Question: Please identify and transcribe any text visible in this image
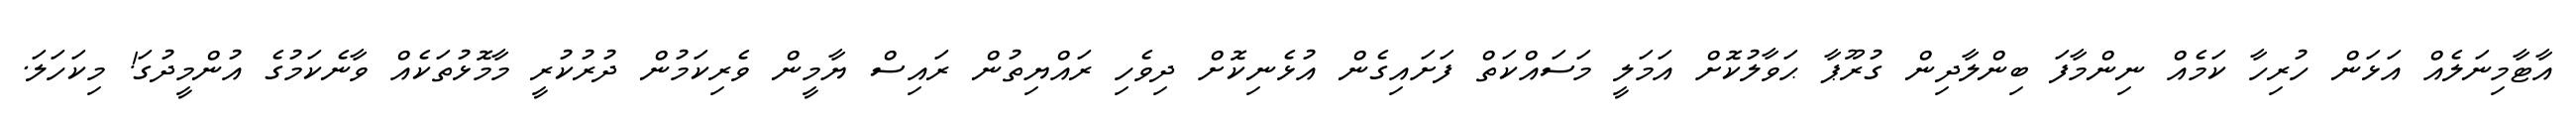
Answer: އާޓާމިނަލެއް އަޅަން ހުރިހާ ކަމެއް ނިންމާފަ ބިންލާދިން ގުރޫޕާ ޙަވާލުކޮށް އަމަލީ މަސައްކަތް ފަށައިގެން އުޅެނިކޮށް ދިވެހި ރައްޔިތުން ރައިސް ޔާމީން ވެރިކަމުން ދުރުކުރީ މާމޮޅުތަކެއް ވާނެކަމުގެ އުންމީދުގަ! މިކަހަލަ.